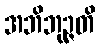
အဘိဘုဉ္ဇတိ